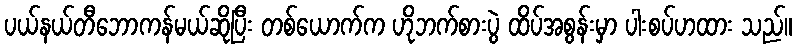
ပယ်နယ်တီဘောကန်မယ်ဆိုပြီး တစ်ယောက်က ဟိုဘက်စားပွဲ ထိပ်အစွန်းမှာ ပါးစပ်ဟထား သည်။